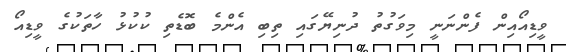
ވީޑިއޯއިން ފެންނަނީ މިވަގުތު ދުނިޔޭގައި ތިބި އެންމެ ބޮޑެތި ކުކުޅު ހާތަކުގެ ވީޑިއޯ